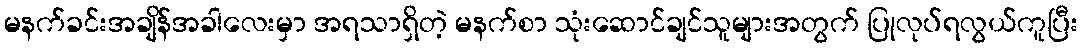
မနက်ခင်းအချိန်အခါလေးမှာ အရသာရှိတဲ့ မနက်စာ သုံးဆောင်ချင်သူများအတွက် ပြုလုပ်ရလွယ်ကူပြီး